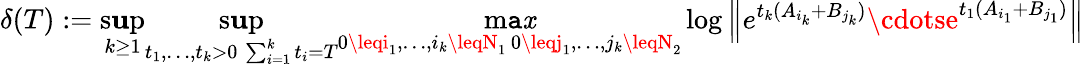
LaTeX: \delta(T):=\operatorname*{s\mathbf{u}p}_{k\geq1}\operatorname*{s\mathbf{u}p}_{\substack{t_{1},\ldots,t_{k}>0\, \sum_{i=1}^{k}t_{i}=T}}\operatorname*{m\mathtt{a}\mathit{x}}_{\substack{0\leqi_{1},\ldots,i_{k}\leqN_{1}\, 0\leqj_{1},\ldots,j_{k}\leqN_{2}}}\log\left\| e^{t_{k}(A_{i_{k}}+B_{j_{k}})}\cdotse^{t_{1}(A_{i_{1}}+B_{j_{1}})}\right\|